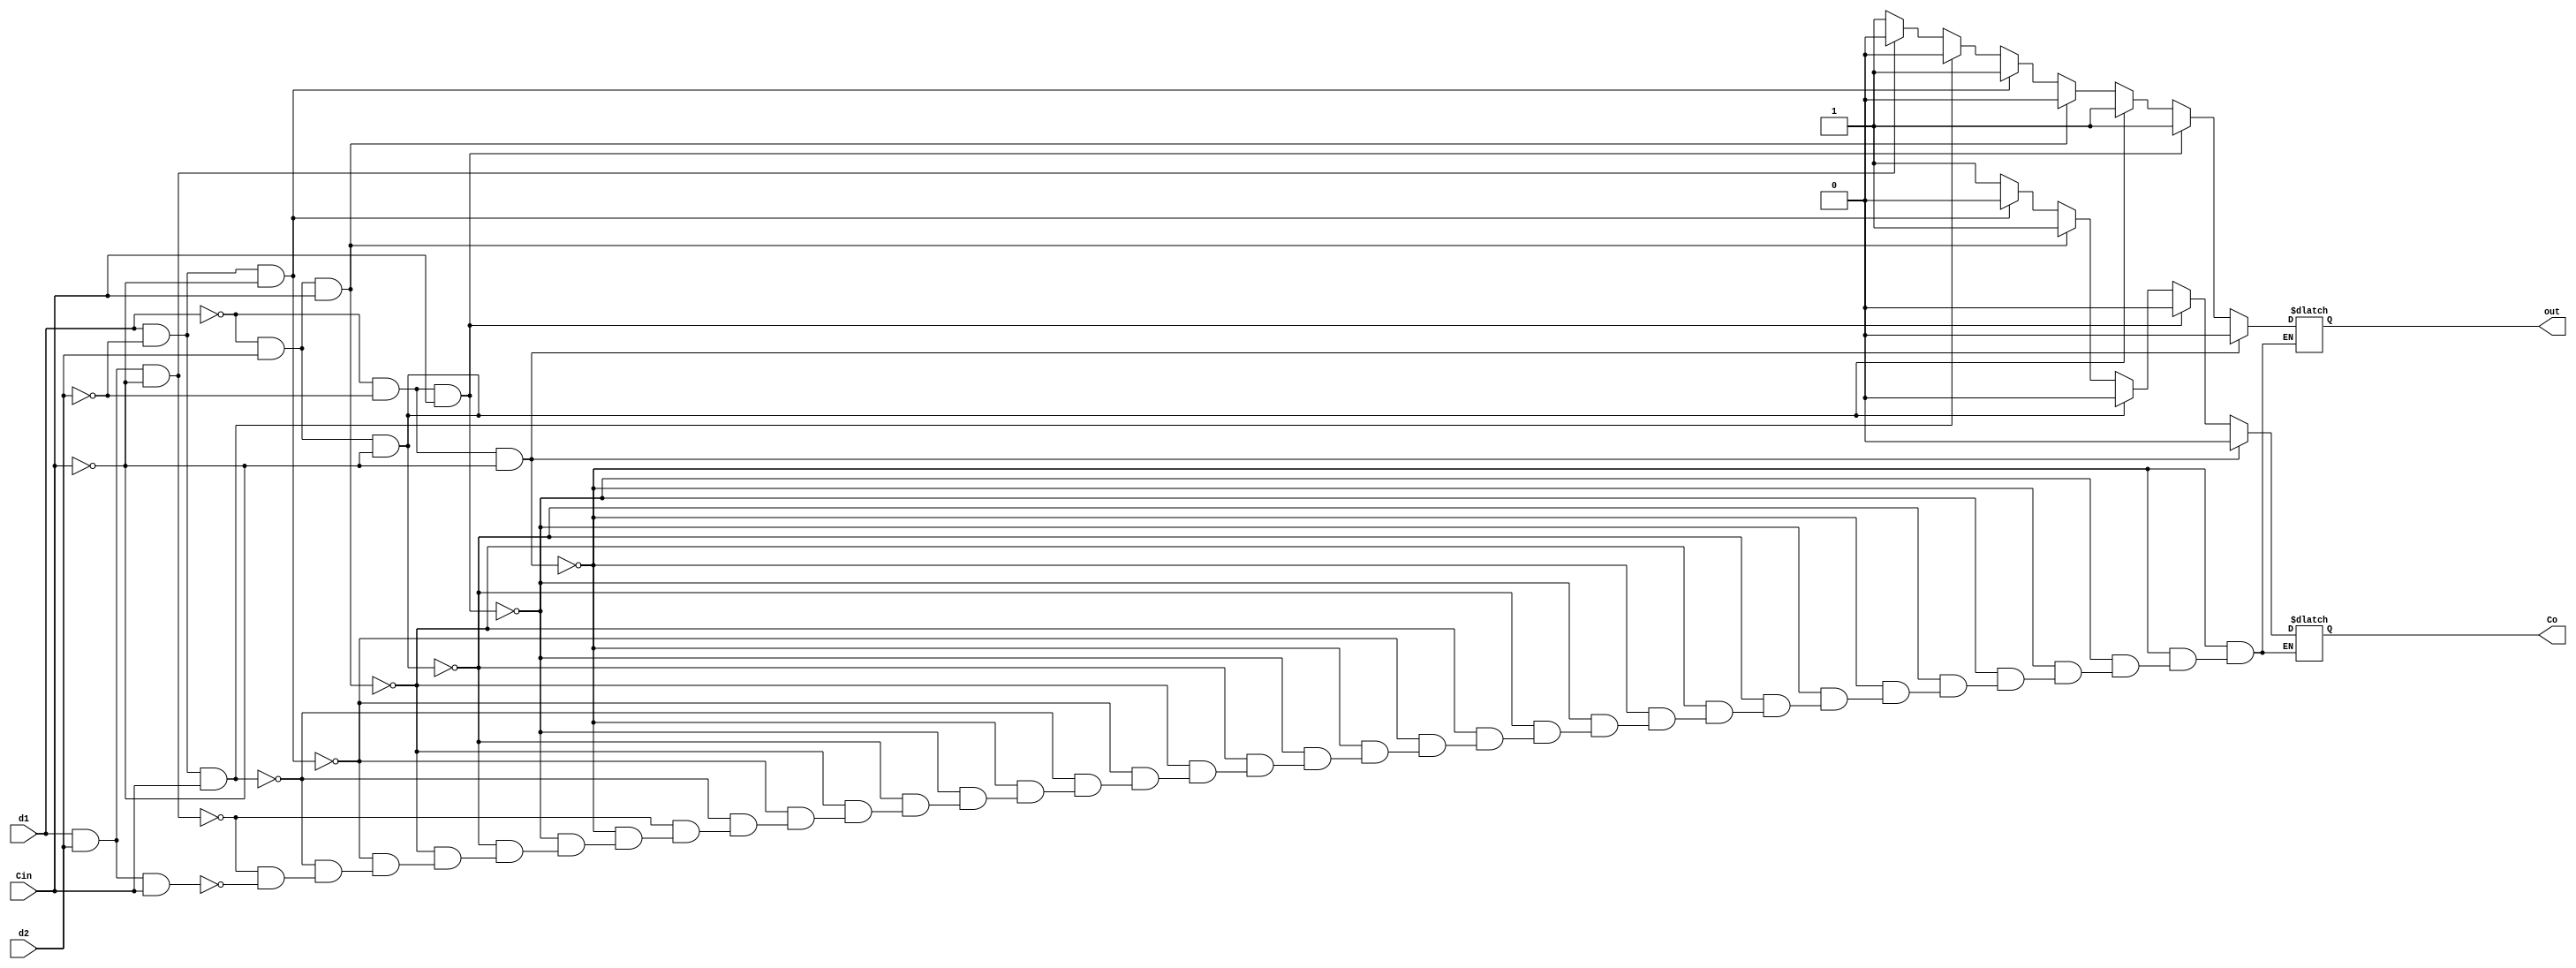
`timescale 1ns / 1ps
//////////////////////////////////////////////////////////////////////////////////
// Company: 
// Engineer: 
// 
// Design Name: 
// Module Name: onebitadder
// Project Name: 
// Target Devices: 
// Tool Versions: 
// Description: 
// 
// Dependencies: 
// 
// Revision:
// Revision 0.01 - File Created
// Additional Comments:
// 
//////////////////////////////////////////////////////////////////////////////////


module onebitadder(d1, d2, Cin, out, Co);
    input d1, d2, Cin;
    output reg out;
    output reg Co;
always@ (d1, d2, Cin, out, Co)
begin
//using the truth table for a one bit adder, I made if statements that change the outputs to match the truth table
    if (!d1 & !d2 & !Cin)
    begin
        out = 0;
        Co = 0;
    end
    else if (!d1 & !d2 & Cin)
    begin
        out = 1;
        Co = 0;
    end
    else if (!d1 & d2 & !Cin)
    begin
        out = 1;
        Co = 0;
    end
    else if (!d1 & d2 & Cin)
    begin
        out = 0;
        Co = 1;
    end
    else if (d1 & !d2 & !Cin)
    begin
        out = 1;
        Co = 0;
    end
    else if (d1 & !d2 & Cin)
    begin
        Co = 1;
        out = 0;
    end
    else if (d1 & d2 & !Cin)
    begin
        Co = 1;
        out = 0;
    end
    else if (d1 & d2 & Cin)
    begin
        out = 1;
        Co = 1;
    end
   end
endmodule